Indian journal of veterinary science and animal husbandry - Volume 8,
Year: 1938
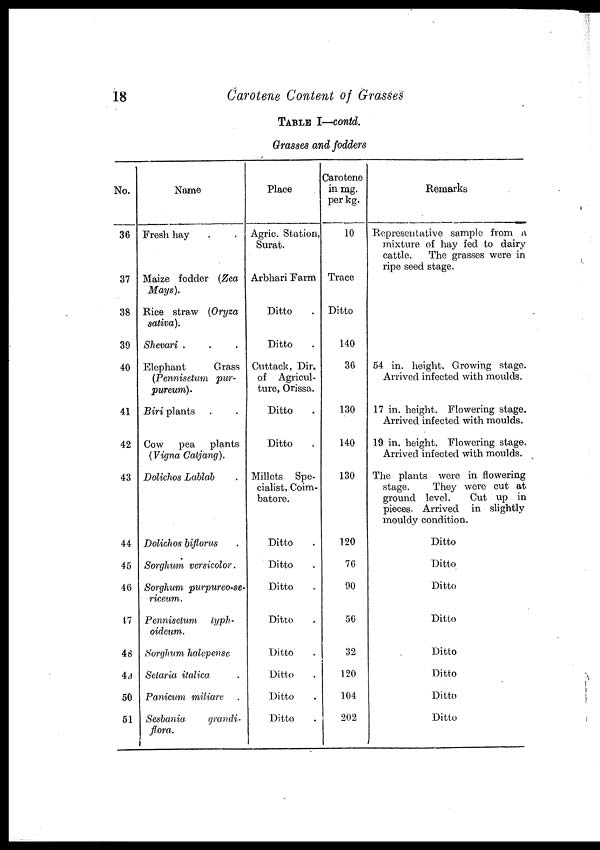
18
Carotene Content of Grasses
TABLE I—contd.
Grasses and fodders
No.
36
37
38
39
40
41
42
43
44
45
46
47
48
49
50
51
Name
Fresh hay
Maize fodder (Zea
Mays).
Rice straw (Oryza
sativa).
Shevari . . .
Elephant
Grass
(Pennisetum pur-
pureum).
Biri plants
Cow
pea
plants
(Vigna Catjang).
Dolichos Lablab
Doliehos biflorus
Sorghum versicolor.
Sorghum purpureo-se-
riceum.
Pennisetum
typh-
oideum.
Sorghum halepense
Selaria italica
Panicum miliare
Sesbania
grandi¬
flora.
Place
Agric. Station,
Surat.
Arbhari Farm
Ditto
Ditto
Cuttack, Dir.
of Agricul-
ture, Orissa.
Ditto
Ditto
Millets Spe-
cialist, Coim-
batore.
Ditto
Ditto
Ditto
Ditto
Ditto
Ditto
Ditto
Ditto
Carotene
in mg.
per kg.
10
Trace
Ditto
140
36
130
140
130
120
76
90
56
32
120
104
202
Remarks
Representative sample from a
mixture of hay fed to dairy
cattle.
The grasses were in
ripe seed stage.
54 in. height. Growing stage.
Arrived infected with moulds.
17 in. height. Flowering stage.
Arrived infected with moulds.
19 in. height. Flowering stage.
Arrived infected with moulds.
The plants were in flowering
stage.
They were cut at
ground level.
Cut up in
pieces. Arrived in slightly
mouldy condition.
Ditto
Ditto
Ditto
Ditto
Ditto
Ditto
Ditto
Ditto